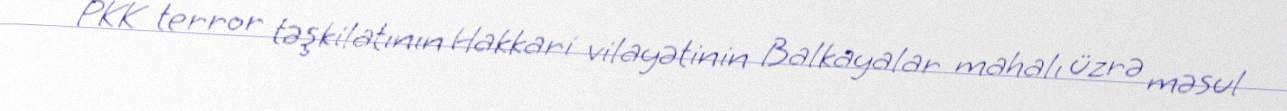
PKK terror təşkilatının Hakkari vilayətinin Balkayalar mahalı üzrə məsul